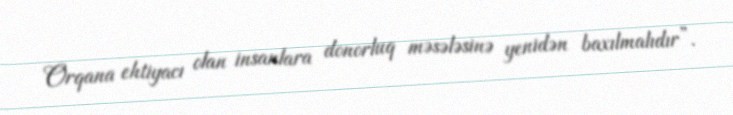
Orqana ehtiyacı olan insanlara donorluq məsələsinə yenidən baxılmalıdır”.